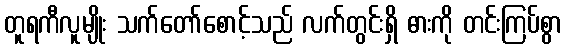
တူရကီလူမျိုး သက်တော်စောင့်သည် လက်တွင်းရှိ ဓားကို တင်းကြပ်စွာ